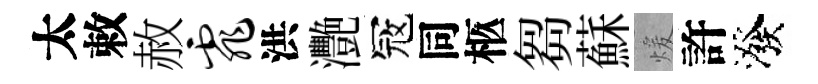
太敕赦霏洪灧冦同柩芻蘇煖許潑